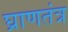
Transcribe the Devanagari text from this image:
घ्राणतंत्र